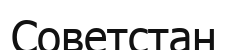
Советстан